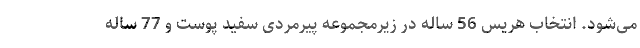
می‌شود. انتخاب هریس 56 ساله در زیرمجموعه پیرمردی سفید پوست و 77 ساله